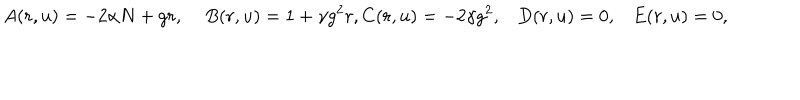
LaTeX: A ( r , u ) = - 2 \alpha N + g r , \; B ( r , u ) = 1 + \gamma g ^ { 2 } r , C ( r , u ) = - 2 \gamma g ^ { 2 } , D ( r , u ) = 0 , E ( r , u ) = 0 ,